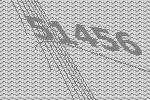
51456